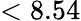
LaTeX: <8.54